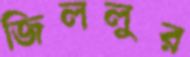
জিললুর